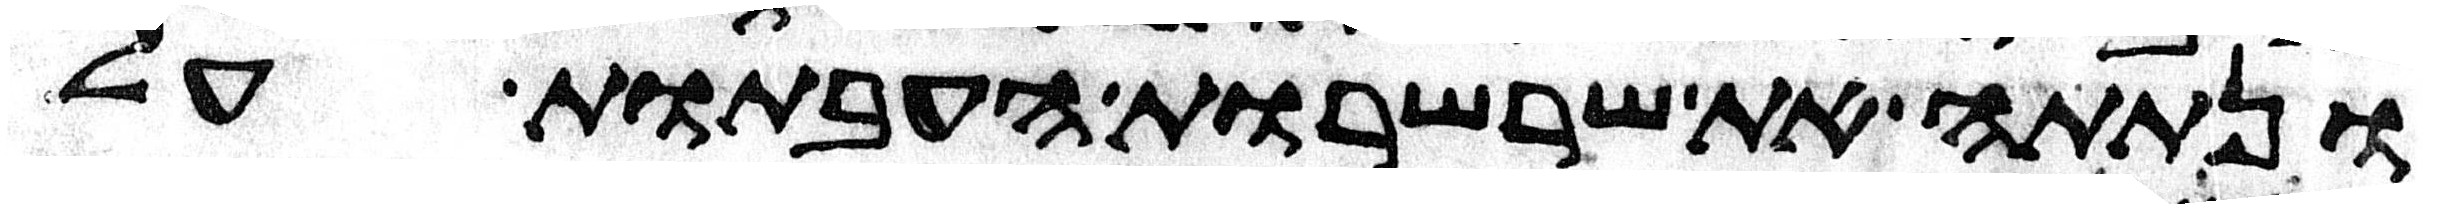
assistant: ונתתה את שרשרות העבתות על